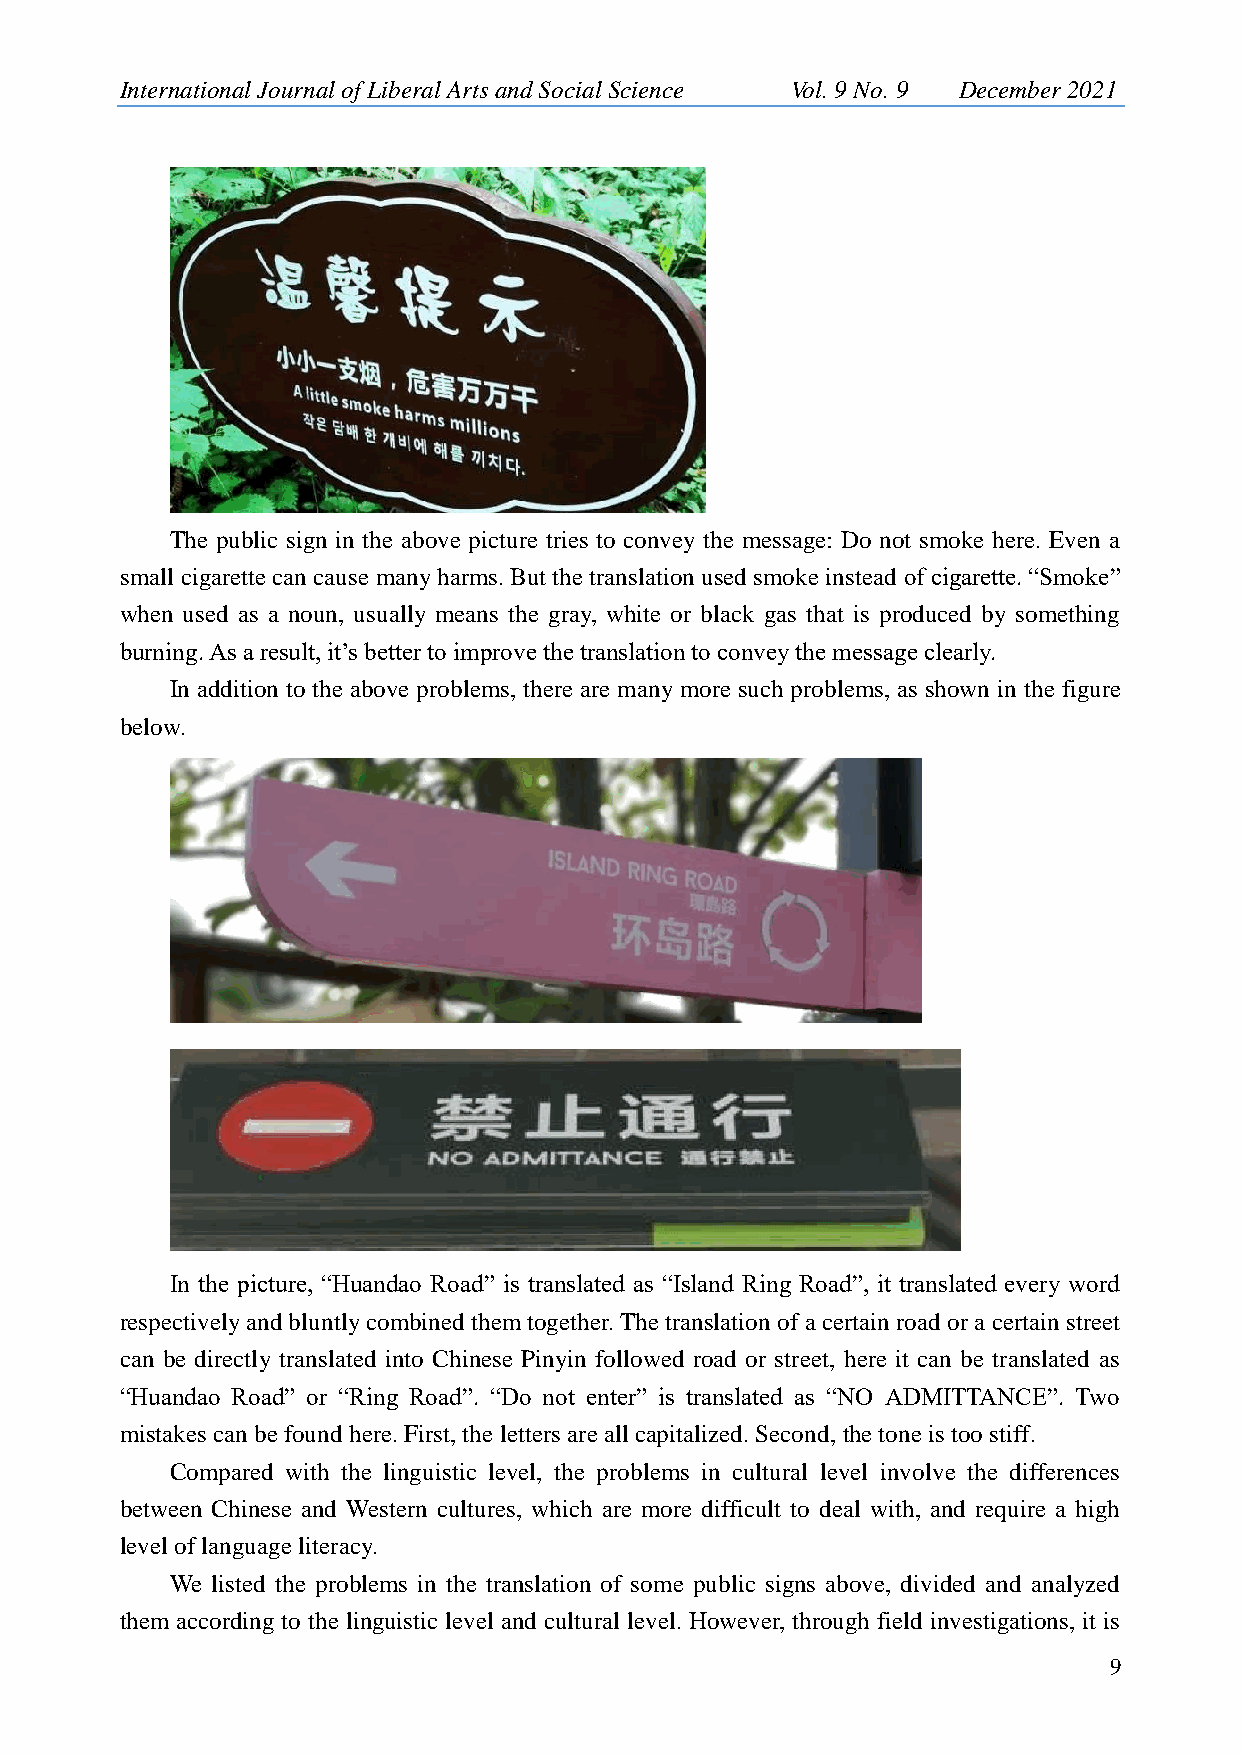
International Journal of Liberal Arts and Social Science Vol. 9 No. 9 December 2021
 The public sign in the above picture tries to convey the message: Do not smoke here. Even a
 small cigarette can cause many harms. But the translation used smoke instead of cigarette. “Smoke”
 when used as a noun, usually means the gray, white or black gas that is produced by something
 burning. As a result, it‟s better to improve the translation to convey the message clearly.
 In addition to the above problems, there are many more such problems, as shown in the figure
 below.
 In the picture, “Huandao Road” is translated as “Island Ring Road”, it translated every word
 respectively and bluntly combined them together. The translation of a certain road or a certain street
 can be directly translated into Chinese Pinyin followed road or street, here it can be translated as
 “Huandao Road” or “Ring Road”. “Do not enter” is translated as “NO ADMITTANCE”. Two
 mistakes can be found here. First, the letters are all capitalized. Second, the tone is too stiff.
 Compared with the linguistic level, the problems in cultural level involve the differences
 between Chinese and Western cultures, which are more difficult to deal with, and require a high
 level of language literacy.
 We listed the problems in the translation of some public signs above, divided and analyzed
 them according to the linguistic level and cultural level. However, through field investigations, it is
 9